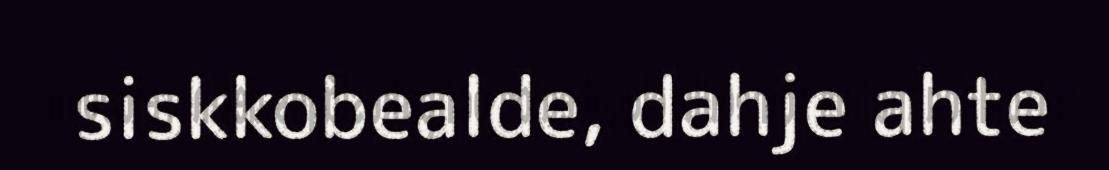
siskkobealde, dahje ahte